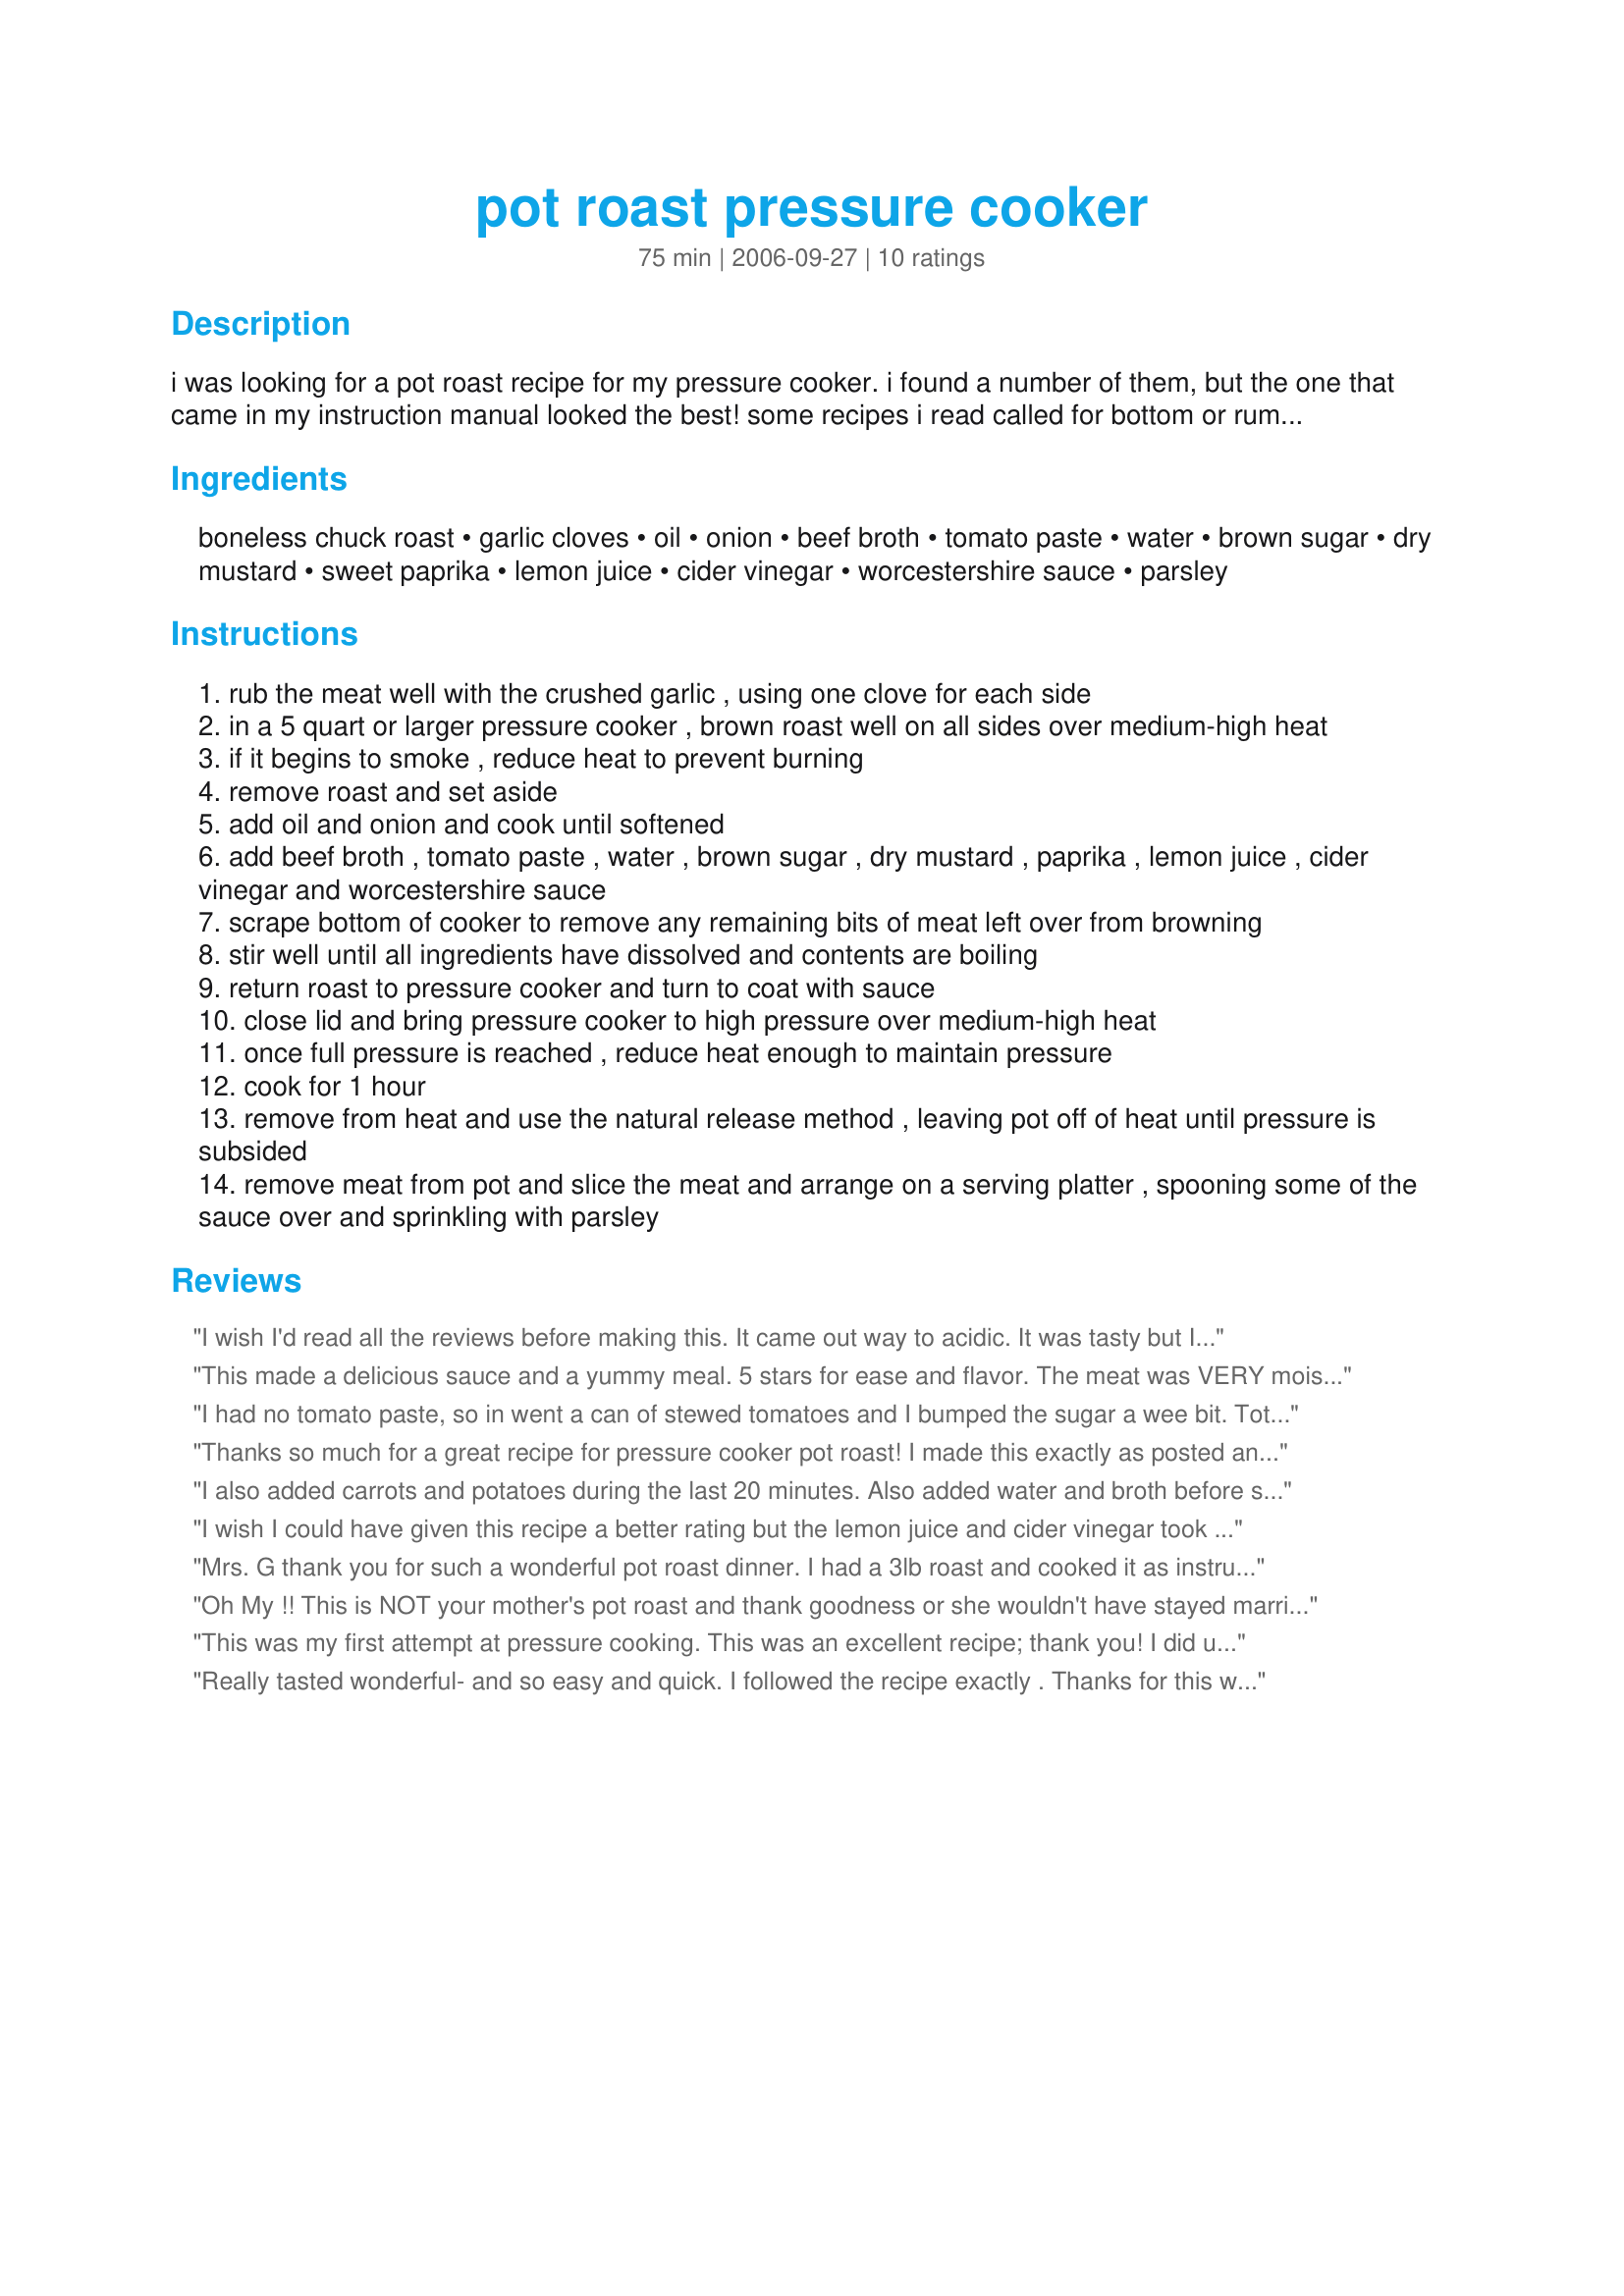
pot roast pressure cooker
Preparation time: 75 minutes

i was looking for a pot roast recipe for my pressure cooker. i found a number of them, but the one that came in my instruction manual looked the best! some recipes i read called for bottom or rump roast, but a number of other recipes stated that these cuts were too dry or tough. a cut from the chuck (or a cross rib roast) a thought to be more tender. i made this with a 4 pound roast and cooked right at 1 hour. i put in red potatoes for the last 20 minutes and carrots for the last 5. i think i would do 1 hour for a 3 lb roast and 1 hour and 15 for a 4 lb roast next time.

Ingredients:
boneless chuck roast, garlic cloves, oil, onion, beef broth, tomato paste, water, brown sugar, dry mustard, sweet paprika, lemon juice, cider vinegar, worcestershire sauce, parsley

Steps:
rub the meat well with the crushed garlic , using one clove for each side
in a 5 quart or larger pressure cooker , brown roast well on all sides over medium-high heat
if it begins to smoke , reduce heat to prevent burning
remove roast and set aside
add oil and onion and cook until softened
add beef broth , tomato paste , water , brown sugar , dry mustard , paprika , lemon juice , cider vinegar and worcestershire sauce
scrape bottom of cooker to remove any remaining bits of meat left over from browning
stir well until all ingredients have dissolved and contents are boiling
return roast to pressure cooker and turn to coat with sauce
close lid and bring pressure cooker to high pressure over medium-high heat
once full pressure is reached , reduce heat enough to maintain pressure
cook for 1 hour
remove from heat and use the natural release method , leaving pot off of heat until pressure is subsided
remove meat from pot and slice the meat and arrange on a serving platter , spooning some of the sauce over and sprinkling with parsley

Reviews:
I wish I'd read all the reviews before making this. It came out way to acidic. It was tasty but I can't eat it., too much vinegar and lemon juice.
This made a delicious sauce and a yummy meal. 5 stars for ease and flavor. The meat was VERY moist.

I had to take a star off because of cooking time. I had a 4 lb pot roast in a Presto (8qt?) pressure cooker and after cooking it for 1hr15 minutes (including depressurizing), the center was still tough and the outside needed a bit more. Plus, the sauce was concentrated on the bottom side of the pot roast. I had good results cutting the mostly-roasted meat into 8 chunks (cutting in half 3 times) so the meat was immersed in the sauce and cooking an additional 30-45 minutes. This loosened up the connective tissue very well.

Note, this step may be my fault. I did put 4 Russett potatoes (halved) in and these may have slowed the pot roast's cooking time.

Pressure cooking a pot roast seems pretty darn forgiving so a little extra time doesn't hurt.
I had no tomato paste, so in went a can of stewed tomatoes and I bumped the sugar a wee bit. Totally forgot about the garlic(!) and lemon juice. No water, just a full can of beef soup stock. Doubled the paprika as I think mine is a wee bit old and skipped the parsley (didn't have any). Added in three carrots (about 2.5' worth) along with the spices and meat before sealing it all in.

Cooked the three pounds of chuck steaks (two in all) in my 5qt Futura for an hour.

HEAVENLY!

I made (lumpy) gravy with the juices in the pan. And served it with baked potatoes.

My fussy eaters gobbled it up.
Thanks so much for a great recipe for pressure cooker pot roast! I made this exactly as posted and it was delicious!
I also added carrots and potatoes during the last 20 minutes. Also added water and broth before sealing pressure cooker. Thanks for taking your time to post recipe. Family loved it. Scorpio post is out of line. This is obviously not a traditional roast recipe. It is however, very tasty.
I wish I could have given this recipe a better rating but the lemon juice and cider vinegar took away from it. Instead, just add more broth and water. I also use A1 steak sauce instead of worcestershire and add a little ketchup too. Then it tasted much like what my Mom used to make but a little better than hers(*****). Mom didn't use too much in the way of various seaonsings, sorry Mom. I'm about to make it again now and will try adding some fresh sage I need to use up and see how that works.
Mrs. G thank you for such a wonderful pot roast dinner. I had a 3lb roast and cooked it as instructed for the 1 hour. It turned out moist and tender, falling off the bone and flavorful my DH went back for seconds...Only change I made was to add 1 tblsp of brown sugar. I also added carrots and red potatoes to the last 20mins of cooking time.
UPNOTE: To the poster SCORPIO.....Not every recipe posted on Zaar works for everyone so just state that in your reviews instead of being mean and nasty.
Oh My !! This is NOT your mother's pot roast and thank goodness or she wouldn't have stayed married for very long to your dad. It tasted like it was cooked in Bar B Q sauce, and needed salt. Sorry I wasted a 3 pound roast. It wasn't what I was looking for.
UPNOTE : It was tender and fed in the disposal nicely !
This was my first attempt at pressure cooking. This was an excellent recipe; thank you! I did use all beef broth (no water), cut the sugar & tomato paste in half (diabetic) and bumped up the vinegar just a little bit. I also added potato, carrot and celery. I thought they might be hammer from the cooking process, but they turned out just fine. Thanks again!
Really tasted wonderful- and so easy and quick. I followed the recipe exactly . Thanks for this wonderful, tasty recipe.
